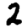
Digit: 2